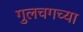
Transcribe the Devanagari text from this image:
गुलचगच्या